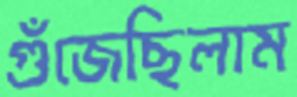
গুঁজেছিলাম